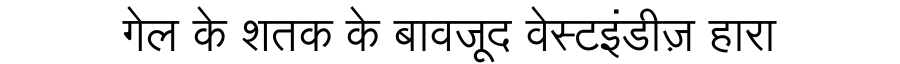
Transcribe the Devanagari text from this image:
गेल के शतक के बावजूद वेस्टइंडीज़ हारा